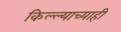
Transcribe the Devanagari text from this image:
किल्ल्याच्याही